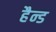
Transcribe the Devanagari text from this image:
हैन्ड